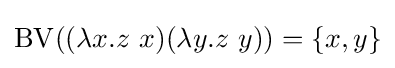
\operatorname {BV} ((\lambda x.z\ x)(\lambda y.z\ y))=\{x,y\}